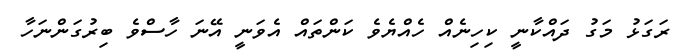
ރަގަޅު މަގު ދައްކާނީ ކިހިނެއް ހެއްޔެވެ ކަންތައް އެވަނީ އޭނަ ހާސްވެ ބިރުގަންނަހާ